Bombay plague: being a history of the progress of plague in the Bombay presidency from September 1896 to June 1899
Year: 1896
Disease focus: Plague
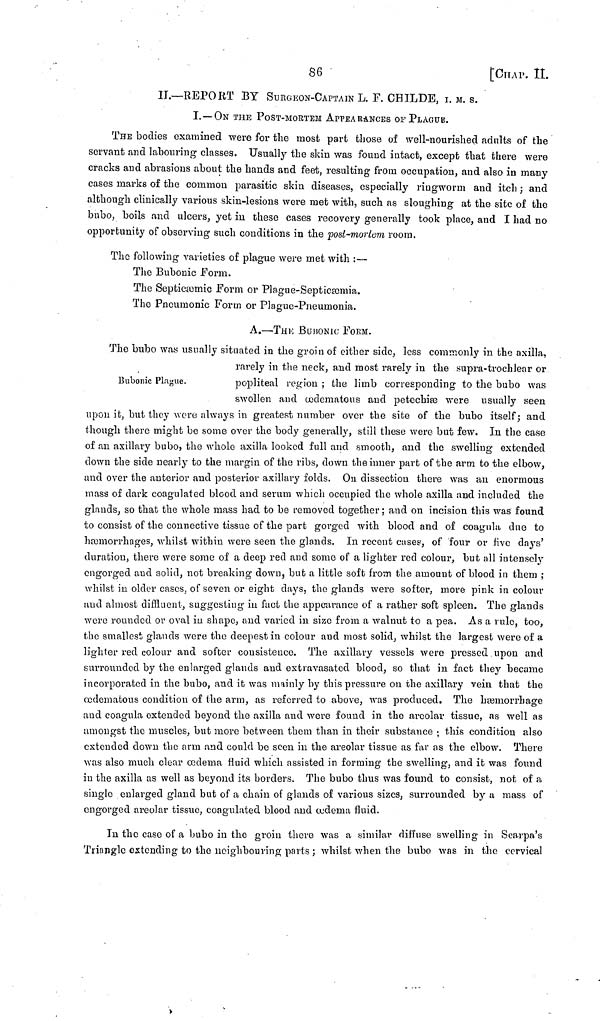
S6
[CHAP. II.
Π.—REPORT BY SURGEON-CAPTAIN L. F. CHILDE, I Μ. s.
I. —ON THE POST-MORTEM APPEARANCES OF PLAGUE.
THE bodies examined were for the most part those of well-nourished adults of the
servant and labouring classes. Usually the skin was found intact, except that there were
cracks and abrasions about the hands and feet, resulting from occupation, and also in many
cases marks of the common parasitic skin diseases, especially ringworm and itch ; and
although clinically various skin-lesions were met with, such as sloughing at the site of the
bubo, boils and ulcers, yet in these cases recovery generally took place, and I had no
opportunity of observing such conditions in the post-mortem room.
The following varieties of plague were met with :—
The Bubonic Form.
The Septicæmic Form or Plague-Septiæomia.
The Pneumonic Form or Plague-Pneumonia.
A.—THE BubONIC FOrM.
Bubonic Plague.
The bubo was usually situated in the groin of either side, less commonly in the axilla,
rarely in the neck, and most rarely in the supra-trochlear or
popliteal region ; the limb corresponding to the bubo was
swollen and ædematous and petechiæ were usually seen
upon it, but they were always in greatest number over the site of the bubo itself; and
though there might be some over the body generally, still these were but few. In the case
of an axillary bubo, the whole axilla looked full and smooth, and the swelling extended
down the side nearly to the margin of the ribs, down the inner part of the arm to the elbow,
and over the anterior and posterior axillary folds. Ou dissection there was an enormous
mass of dark coagulated blood and serum which occupied the whole axilla and included the
glands, so that the whole mass had to be removed together ; and on incision this was found
to consist of the connective tissue of the part gorged with blood and of coagula due to
hemorrhages, whilst within were seen the glands. In recent cases, of four or five days'
duration, there were some of a deep red and some of a lighter red colour, but all intensely
engorged and solid, not breaking down, but a little soft from the amount of blood in them ;
whilst in older cases, of seven or eight clays, the glands were softer, more pink in colour
and almost diffluent, suggesting in fact the appearance of a rather soft spleen. The glands
were rounded or oval in shape, and varied in size from a walnut to a pea. As a rule, too,
the smallest glands were the deepest in colour and most solid, whilst the largest were of a
lighter red colour and softer consistence. The axillary vessels were pressed upon and
surrounded by the enlarged glands and extravasated blood, so that in fact they became
incorporated in the bubo, and it was mainly by this pressure on the axillary vein that the
œdematous condition of the arm, as referred to above, was produced. The hæmorrhage
and coagula extended beyond the axilla and were found in the arcolar tissue, as well as
amongst the muscles, but more between them than in their substance ·, this condition also
extended down the arm and could be seen in the areolar tissue as far as the elbow. There
was also much clear ædema fluid which assisted in forming the swelling, and it was found
in the axilla as well as beyond its borders. The bubo thus was found to consist, not of a
single enlarged gland but of a chain of glands of various sizes, surrounded by a mass of
engorged areolar tissue, coagulated blood and ædema fluid.
In the case of a bubo in the groin there was a similar diffuse swelling in Searpa's
Triangle extending to the neighbouring parts ; whilst when the bubo was in the cervical